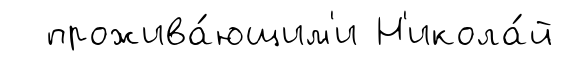
прожива́ющим'и Н'икола́й